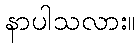
နာပါသလား။